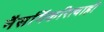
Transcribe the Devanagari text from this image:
नैसर्गिकरित्याही